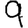
Digit: 9